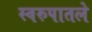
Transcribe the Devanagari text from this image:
स्वरुपातले